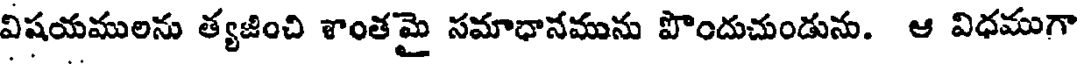
విషయములను త్యజించి శాంతమై సమాధానమును పొందుచుండును. ఆ విధముగా